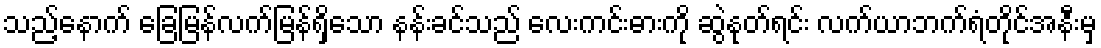
သည့်နောက် ခြေမြန်လက်မြန်ရှိသော နန်းခင်သည် လေးကင်းဓားကို ဆွဲနုတ်ရင်း လက်ယာဘက်ရံတိုင်အနီးမှ